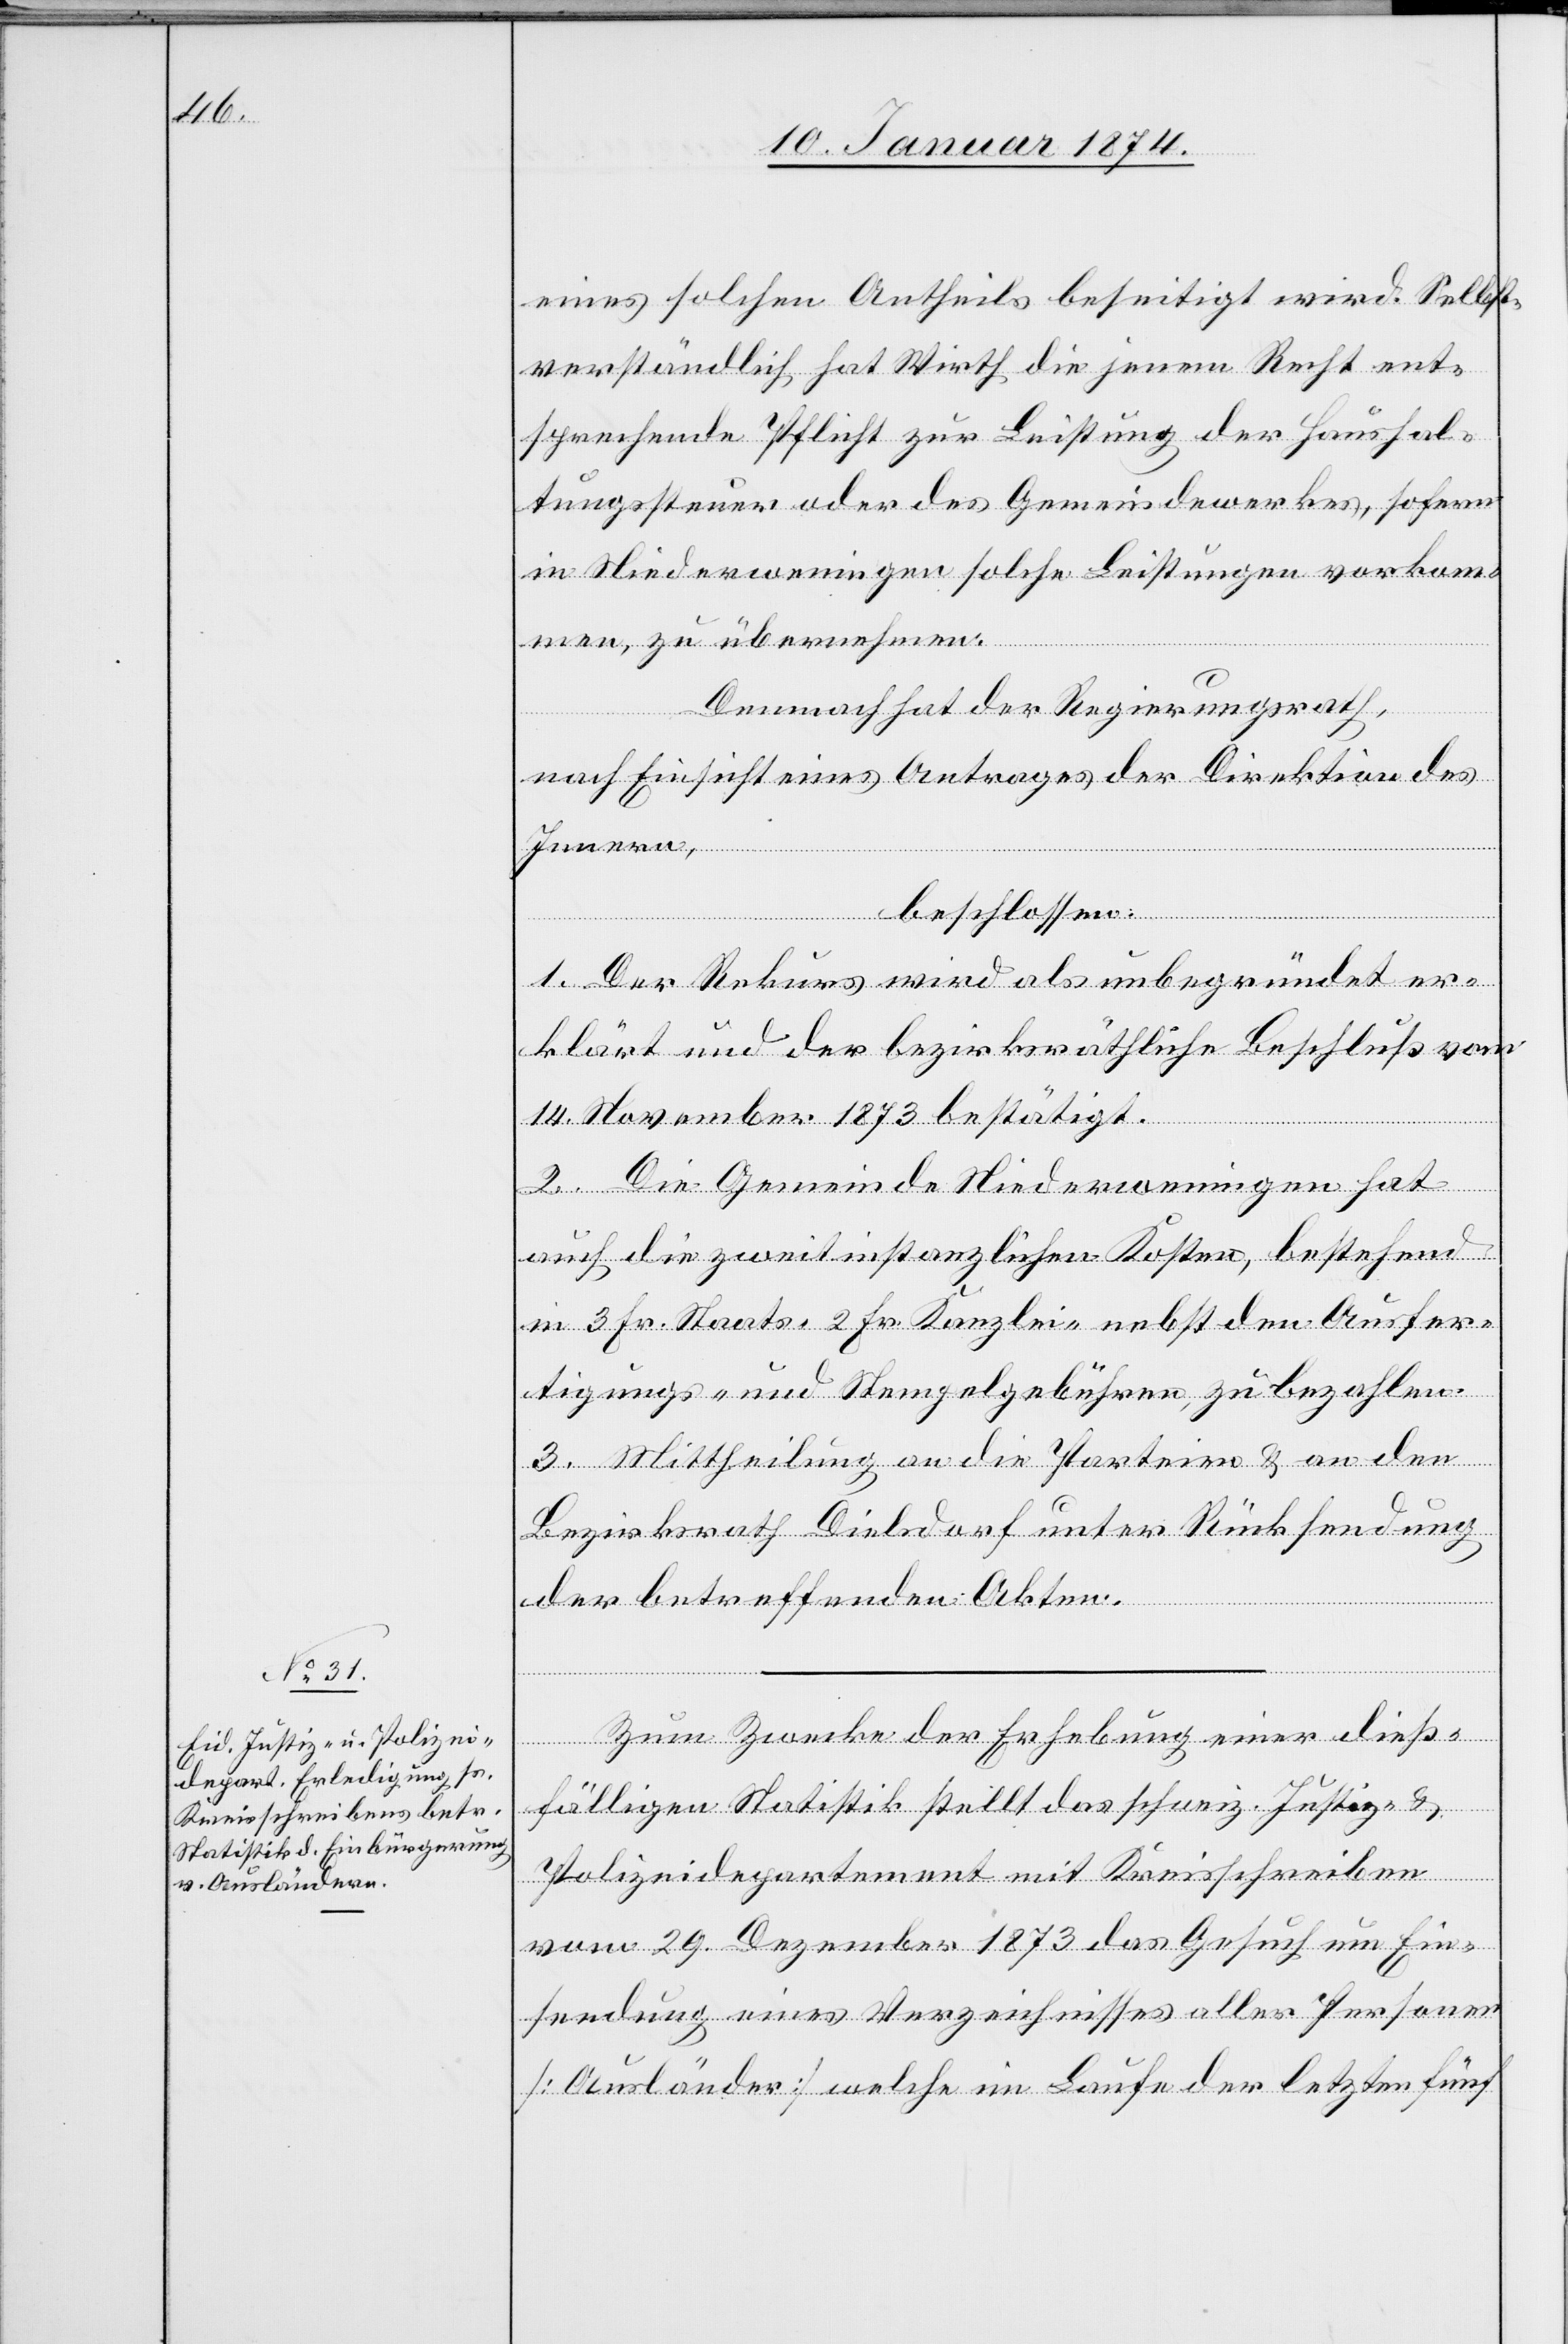
eines solchen Antheils beseitigt wird. Selbst¬
verständlich hat Wirth die jenem Recht ent¬
sprechende Pflicht zur Leistung der Haushal¬
tungssteuer oder des Gemeindewerkes, sofern
men, zu übernehmen.
Demnach hat der Regierungsrath,
nach Einsicht eines Antrages der Direktion des
Innern,
beschlossen:
1. Der Rekurs wird als unbegründet er¬
klärt und der bezirksräthliche Beschluß vom
14. November 1873 bestätigt.
vorkom¬
2. Die Gemeinde Niederwenningen hat
auch die zweitinstanzlichen Kosten, bestehend
in 3 Fr. Staats- [,] 2 Fr. Kanzlei- nebst den Ausfer¬
tigungs- und Stempelgebühren, zu bezahlen.
3. Mittheilung an die Parteien & an den
Bezirksrath Dielsdorf unter Rücksendung
Nied¬
der betreffenden Akten.
ingen
Zum Zwecke der Erhebung einer dieß¬
fälligen Statistik stellt das schweiz. Justiz- &
Polizeidepartement mit Kreisschreiben
vom 29. Dezember 1873 das Gesuch um Ein¬
sendung eines Verzeichnisses aller Personen
[Ausländer] welche im Laufe der letzten fünf